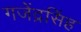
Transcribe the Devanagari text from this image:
गजेंद्रसिंह